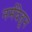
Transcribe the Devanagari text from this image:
नर्मदेतून